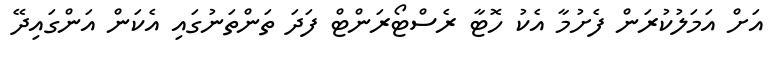
އަށް އަމަލުކުރަން ފެށުމާ އެކު ހޮޓާ ރެސްޓޯރަންޓް ފަދަ ތަންތަނުގައި އެކަން އަންގައިދޭ